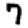
Digit: 7